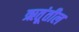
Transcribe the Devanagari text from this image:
ऋतूंतील